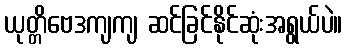
ယုတ္တိဗေဒကျကျ ဆင်ခြင်နိုင်ဆုံးအရွယ်ပဲ။